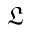
\mathfrak { L }